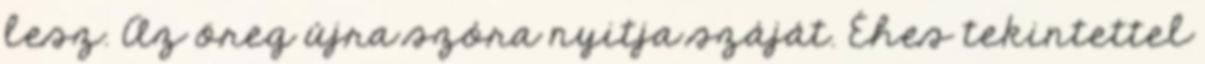
lesz. Az öreg újra szóra nyitja száját. Éhes tekintettel